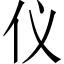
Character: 仪